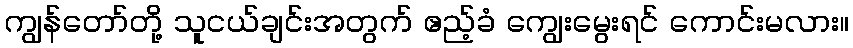
ကျွန်တော်တို့ သူငယ်ချင်းအတွက် ဧည့်ခံ ကျွေးမွေးရင် ကောင်းမလား။